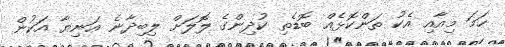
ހަމަ މިއާއި އެކު ތަންކޮޅެއް ބޮޑެތި ކުދިންގެ ލޮލަށް ލިބިދާނެ އަނިޔާ އަކުން